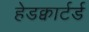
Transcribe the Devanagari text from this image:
हेडक्वार्टर्ड